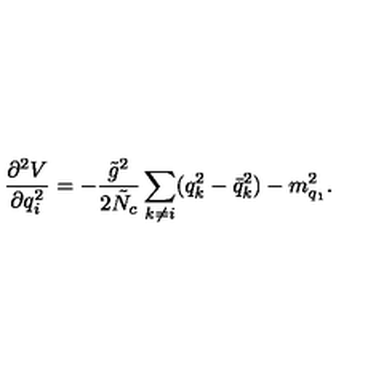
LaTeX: \frac { \partial ^ { 2 } V } { \partial q _ { i } ^ { 2 } } = - \frac { \tilde { g } ^ { 2 } } { 2 \tilde { N } _ { c } } \sum _ { k \neq i } ( q _ { k } ^ { 2 } - \bar { q } _ { k } ^ { 2 } ) - m _ { q _ { 1 } } ^ { 2 } .